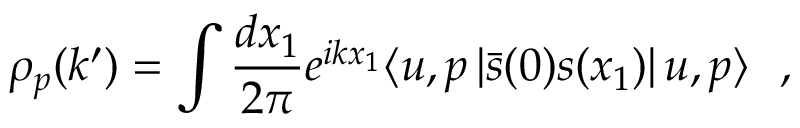
\rho _ { p } ( k ^ { \prime } ) = \int { \frac { d x _ { 1 } } { 2 \pi } } e ^ { i k x _ { 1 } } \langle u , p \left| \bar { s } ( 0 ) s ( x _ { 1 } ) \right| u , p \rangle \ \ ,